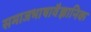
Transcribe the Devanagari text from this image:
समाजभाषावैज्ञानिक